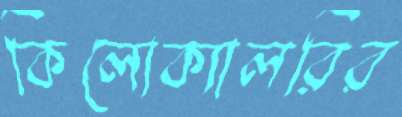
কিলোক্যালরির